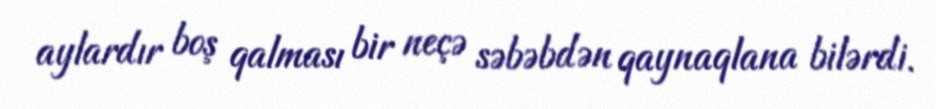
aylardır boş qalması bir neçə səbəbdən qaynaqlana bilərdi.